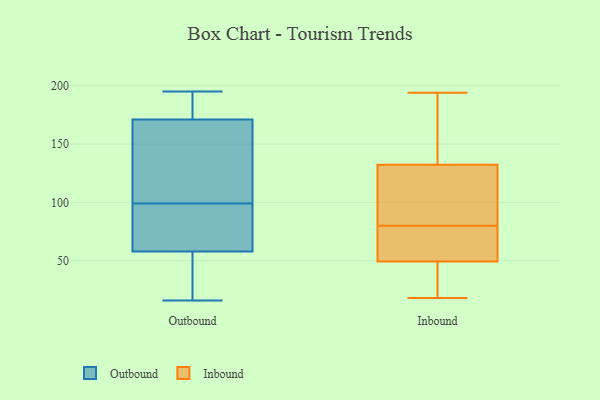
{"axis": {"x": "Budget (USD K)", "y": "Value"}, "legend": ["Inbound", "Outbound"], "data": [{"x": "", "y": 182, "type": "Outbound"}, {"x": "", "y": 140, "type": "Outbound"}, {"x": "", "y": 89, "type": "Outbound"}, {"x": "", "y": 24, "type": "Outbound"}, {"x": "", "y": 38, "type": "Outbound"}, {"x": "", "y": 84, "type": "Outbound"}, {"x": "", "y": 16, "type": "Outbound"}, {"x": "", "y": 151, "type": "Outbound"}, {"x": "", "y": 99, "type": "Outbound"}, {"x": "", "y": 184, "type": "Outbound"}, {"x": "", "y": 65, "type": "Outbound"}, {"x": "", "y": 193, "type": "Outbound"}, {"x": "", "y": 18, "type": "Outbound"}, {"x": "", "y": 58, "type": "Outbound"}, {"x": "", "y": 195, "type": "Outbound"}, {"x": "", "y": 99, "type": "Outbound"}, {"x": "", "y": 121, "type": "Outbound"}, {"x": "", "y": 171, "type": "Outbound"}, {"x": "", "y": 130, "type": "Inbound"}, {"x": "", "y": 145, "type": "Inbound"}, {"x": "", "y": 116, "type": "Inbound"}, {"x": "", "y": 63, "type": "Inbound"}, {"x": "", "y": 32, "type": "Inbound"}, {"x": "", "y": 194, "type": "Inbound"}, {"x": "", "y": 94, "type": "Inbound"}, {"x": "", "y": 183, "type": "Inbound"}, {"x": "", "y": 29, "type": "Inbound"}, {"x": "", "y": 189, "type": "Inbound"}, {"x": "", "y": 109, "type": "Inbound"}, {"x": "", "y": 48, "type": "Inbound"}, {"x": "", "y": 18, "type": "Inbound"}, {"x": "", "y": 133, "type": "Inbound"}, {"x": "", "y": 53, "type": "Inbound"}, {"x": "", "y": 70, "type": "Inbound"}, {"x": "", "y": 73, "type": "Inbound"}, {"x": "", "y": 80, "type": "Inbound"}, {"x": "", "y": 46, "type": "Inbound"}]}